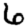
Digit: 6